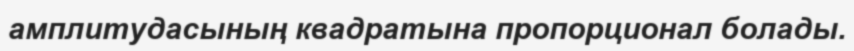
амплитудасының квадратына пропорционал болады.